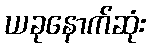
ယခုနောက်ဆုံး